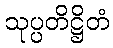
သုပ္ပတိဋ္ဌိတံ